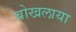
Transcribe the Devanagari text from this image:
बोखलाया